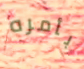
بأمره